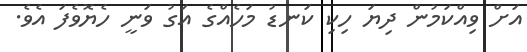
އަށް ވިއްކަމުން ދިޔަ ހިކި ކަނޑު މަހެއްގެ އަގު ވަނީ ހެޔޮވެފަ އެވެ.